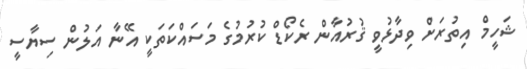
ޝަހީމް އިތުރަށް ވިދާޅުވީ ޤުރުއާން ރެކޯޑް ކުރުމުގެ މަސައްކަތަކީ އޭނާ އަލުން ސިޔާސީ